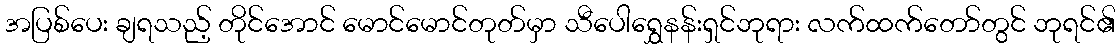
အပြစ်ပေး ချရသည့် တိုင်အောင် မောင်မောင်တုတ်မှာ သီပေါရွှေနန်းရှင်ဘုရား လက်ထက်တော်တွင် ဘုရင်၏